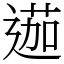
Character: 𨔽